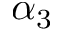
\alpha _ { 3 }